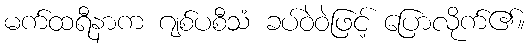
မက်ထရီနာက ဂျစ်ပစီသံ ခပ်ဝဲဝဲဖြင့် ပြောလိုက်၏။